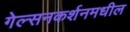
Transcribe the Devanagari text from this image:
गेल्सनकर्शनमधील